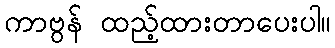
ကာဗွန် ထည့်ထားတာပေးပါ။